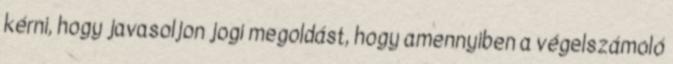
kérni, hogy javasoljon jogi megoldást, hogy amennyiben a végelszámoló